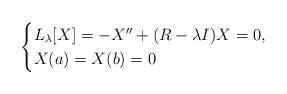
LaTeX: \begin{align*} \begin{cases}L_{\lambda}[X] = - X'' + (R-\lambda I)X = 0, \\X(a) = X(b) = 0\end{cases}\end{align*}